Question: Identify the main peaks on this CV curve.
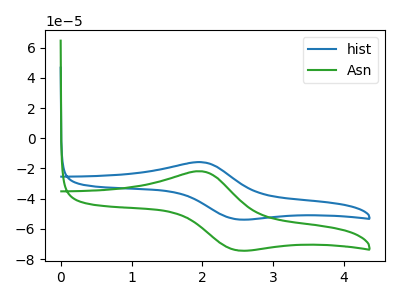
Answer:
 <answer>The blue curve "hist" has an anodic peak at (2.00V, -15.85uA) and a cathodic peak at (2.50V, -53.65uA). The green curve "Asn" has an anodic peak at (2.00V, -21.90uA) and a cathodic peak at (2.50V, -74.15uA).</answer>
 <eval></eval>